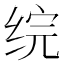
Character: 𬘫